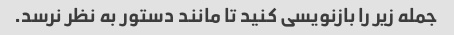
جمله زیر را بازنویسی کنید تا مانند دستور به نظر نرسد.